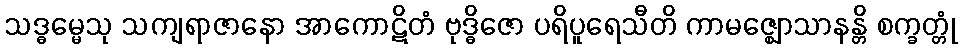
သဒ္ဓမ္မေသု သကျရာဇာနော အာကောဋိတံ ဗုဒ္ဓိဇော ပရိပူရေသီတိ ကာမဇ္ဈောသာနန္တိ စက္ခတ္တုံ